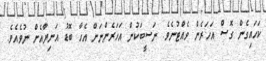
ކަހައިގެން ގޮސް އަހަރެން ވެއްޓުނެވެ. ނަސީބަކުން އަހަރެންނަށް އެހާ ބޮޑު އަނިޔާއެށް ނުވެއެވެ.